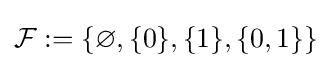
{\mathcal {F}}:=\{\varnothing ,\{0\},\{1\},\{0,1\}\}